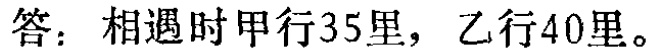
答：相遇时甲行35里，乙行40里。